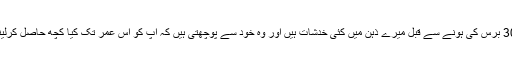
ایما نے کہا 30 برس کی ہونے سے قبل میرے ذہن میں کئی خدشات ہیں اور وہ خود سے پوچھتی ہیں کہ آپ کو اس عمر تک کیا کچھ حاصل کرلینا چاہئیے تھا۔